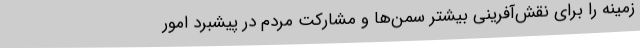
زمینه را برای نقش‌آفرینی بیشتر سمن‌ها و مشارکت مردم در پیشبرد امور